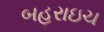
બહરાઇચ